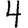
Digit: 4